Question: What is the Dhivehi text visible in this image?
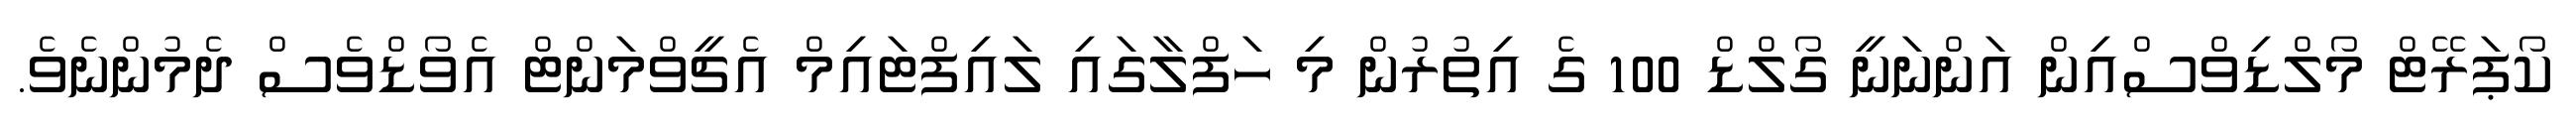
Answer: ކޯޕަރޭޓް މޯލްޑިވްސްއިން އަންނަނީ ގޯލްޑް 100 ގެ އިތުރުން މި ހަފްލާގައި ލައިފްޓައިމް އެޗީވްމަންޓް އެވޯޑްވެސް ދެމުންނެވެ.